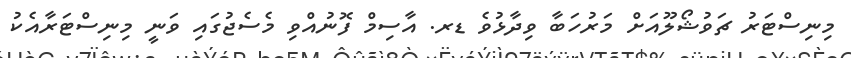
މިނިސްޓަރު ޗަވުޝޯލޫއަށް މަރުހަބާ ވިދާޅުވެ ޑރ. އާސިމް ފޮނުއްވި މެސެޖުގައި ވަނީ މިނިސްޓަރާއެކު